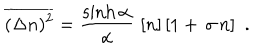
\overline { { { ( \Delta n ) ^ { 2 } } } } = \frac { \sinh \alpha } { \alpha } \, \, [ n ] \, [ 1 + \, \sigma \, n ] \ \ .